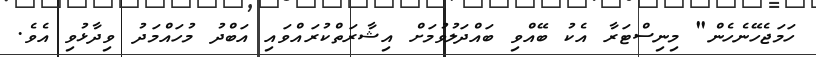
ހަމަޖެހޭނެހެން" މިނިސްޓަރާ އެކު ބޭއްވި ބައްދަލުވުމަށް އިޝާރަތްކުރައްވައި އަބްދު މުހައްމަދު ވިދާޅުވި އެވެ.